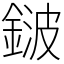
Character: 𨨏